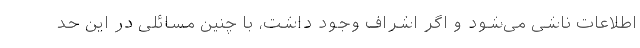
اطلاعات ناشی می‌شود و اگر اشراف وجود داشت، با چنین مسائلی در این حد